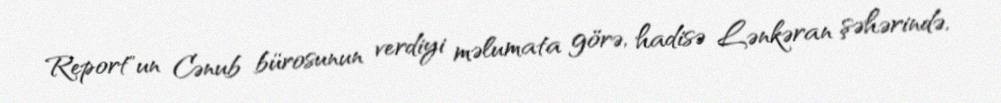
Report"un Cənub bürosunun verdiyi məlumata görə, hadisə Lənkəran şəhərində,